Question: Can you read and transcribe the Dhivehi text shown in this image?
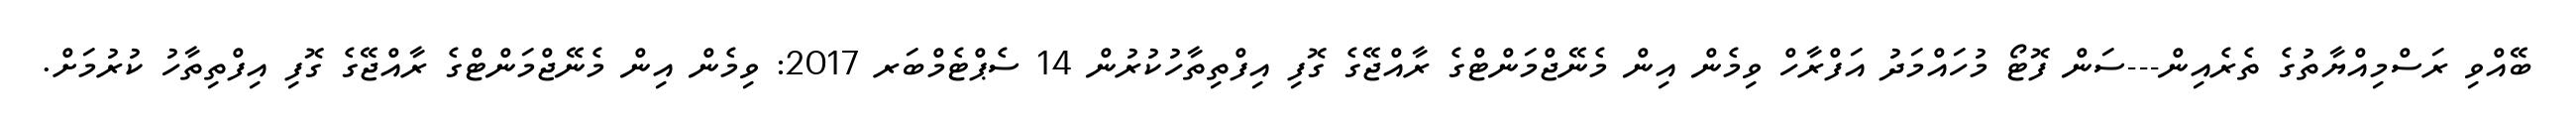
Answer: ބޭއްވި ރަސްމިއްޔާތުގެ ތެރެއިން---ސަން ފޮޓޯ މުހައްމަދު އަފްރާހް ވިމެން އިން މެނޭޖްމަންޓްގެ ރާއްޖޭގެ ގޮފި އިފްތިތާހުކުރުން 14 ސެޕްޓެމްބަރ 2017: ވިމެން އިން މެނޭޖްމަންޓްގެ ރާއްޖޭގެ ގޮފި އިފްތިތާހު ކުރުމަށް.